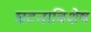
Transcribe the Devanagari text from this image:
घटनाविशेष